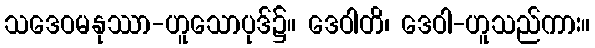
သဒေဝမနုဿာ-ဟူသောပုဒ်၌။ ဒေဝါတိ၊ ဒေဝါ-ဟူသည်ကား။